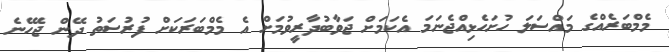
މެމްބަރެއްގެ މައްސަލަ ހުށަހެޅިއްޖެނަމަ އެކަމަށް ޖަވާބުދާރީވުމަށް އެ މެމްބަރަކަށް ފުރުސަތު ދޭން ޖެހޭނެ